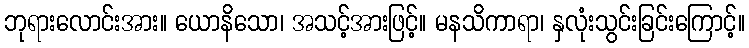
ဘုရားလောင်းအား။ ယောနိသော၊ အသင့်အားဖြင့်။ မနသိကာရာ၊ နှလုံးသွင်းခြင်းကြောင့်။